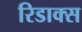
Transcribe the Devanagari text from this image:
रिडाक्स